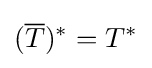
({\overline {T}})^{*}=T^{*}